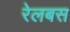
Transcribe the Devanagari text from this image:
रेलबस